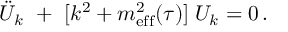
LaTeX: \ddot { U } _ { k } ~ + ~ [ k ^ { 2 } + m _ { \mathrm { e f f } } ^ { 2 } ( \tau ) ] \; U _ { k } = 0 \, .